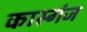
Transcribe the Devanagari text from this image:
कास्गंज